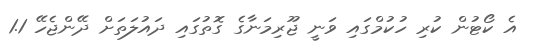
އެ ކޯޓުން ކުރި ހުކުމްގައި ވަނީ ޖޫރިމަނާގެ ގޮތުގައި ދައުލަތަށް ދޭންޖެހޭ 1.1